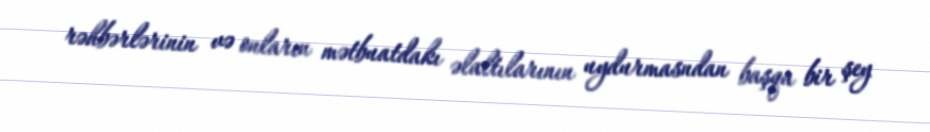
rəhbərlərinin və onların mətbuatdakı əlaltılarının uydurmasndan başqa bir şey